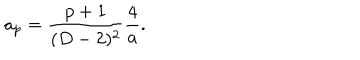
LaTeX: a _ { p } = { \frac { p + 1 } { ( D - 2 ) ^ { 2 } } } { \frac { 4 } { a } } .